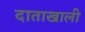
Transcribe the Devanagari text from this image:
दाताखाली